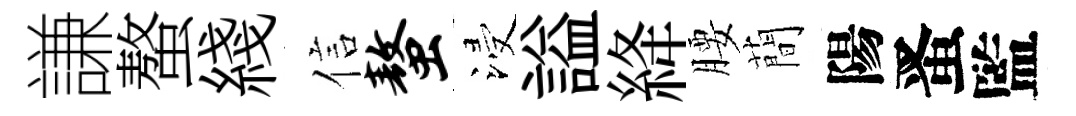
謙螯綫信螯浸謚絳腰蕳陽󱉠監